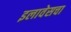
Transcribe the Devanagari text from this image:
इलावेसचा